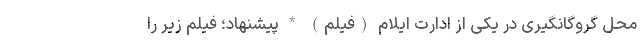
محل گروگانگیری در یکی از ادارت ایلام (فیلم) * پیشنهاد؛ فیلم‌ زیر را